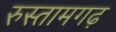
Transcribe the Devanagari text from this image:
रुस्तामगढ़